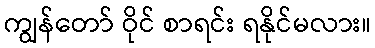
ကျွန်တော် ဝိုင် စာရင်း ရနိုင်မလား။